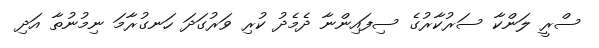
ސްރީ ލަންކާ ސަރުކާރުގެ ސިފައިންނާ ދެމެދު ކުރި ވަރުގަދަ ހަނގުރާމަ ނިމުނުތާ އަދި